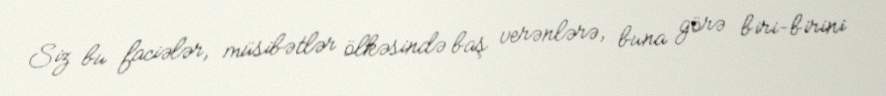
Siz bu faciələr, müsibətlər ölkəsində baş verənlərə, buna görə biri-birini